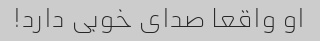
او واقعا صدای خوبی دارد!